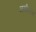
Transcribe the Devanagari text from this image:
नसीहतन